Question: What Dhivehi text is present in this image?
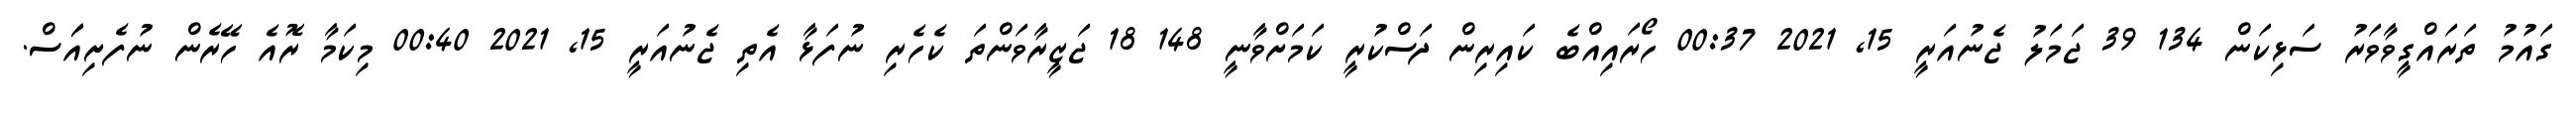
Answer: ގައުމު ތަރައްގީވާވަރު ސަޅިކަން 134 39 ޖަމަލު ޖެނުއަރީ 15, 2021 00:37 ހޯރައިއްބެ ކައިރިން ދަސްކުރީ ކަމަށްވާނީ 148 18 ޖަޒީރާވަންތަ ކެހެރި ނުފަޅާ އެތި ޖެނުއަރީ 15, 2021 00:40 މިކަމާ ރޮއެ ހޭރެން ނުފެށިއަަަސް.